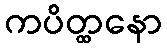
ကပိတ္ထနော